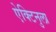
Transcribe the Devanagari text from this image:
ऐक्टिनुला